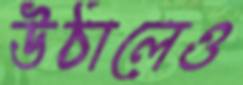
উঠালেও